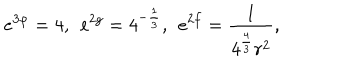
e ^ { 3 \varphi } = 4 , \: \: e ^ { 2 g } = 4 ^ { - \frac { 1 } { 3 } } , \: \: e ^ { 2 f } = \frac { 1 } { 4 ^ { \frac { 4 } { 3 } } r ^ { 2 } } ,